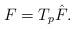
LaTeX: \begin{align*} F = T_p \hat F.\end{align*}